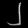
Digit: ၂